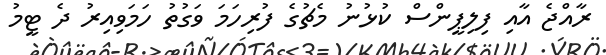
ރާއްޖެ އާއި ފިލިޕީންސް ކުޅުނު މެޗުގެ ފުރިހަމަ ވަގުތު ހަމަވިއިރު ދެ ޓީމު